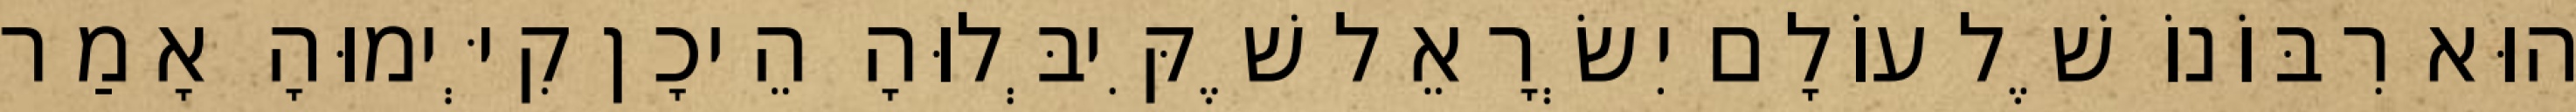
הוּא רִבּוֹנוֹ שֶׁל עוֹלָם יִשְׂרָאֵל שֶׁקִּיבְּלוּהָ הֵיכָן קִיְּימוּהָ אָמַר